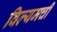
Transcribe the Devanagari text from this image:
विल्यमची